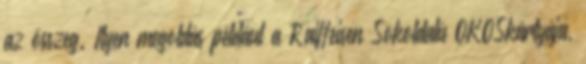
az összeg. Ilyen megoldás például a Raiffeisen Sokoldalú OKOSkártyája,